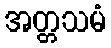
အတ္တသမံ